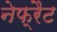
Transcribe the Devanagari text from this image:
नेफ्रैट